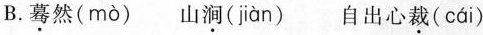
B.\underset{·}{蓦}然(mò) 山\underset{·}{涧}(jiàn) 自出心\underset{·}{裁}(cái)